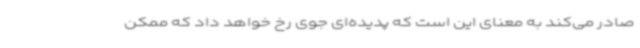
صادر می‌کند به معنای این است که پدیده‌ای جوی رخ خواهد داد که ممکن